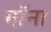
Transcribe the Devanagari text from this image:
मॉना